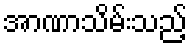
အာဏာသိမ်းသည့်